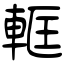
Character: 軭